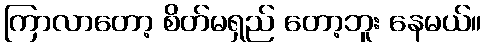
ကြာလာတော့ စိတ်မရှည် တော့ဘူး နေမယ်။